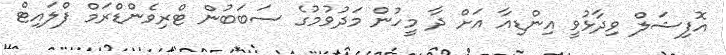
އޮފިޝަލް ވިދާޅުވީ އިންޑިއާ އަށް ދާ މީހުން މަދުވުމުގެ ސަބަބުން ޓްރިވެންޑްރަމް ފްލައިޓް